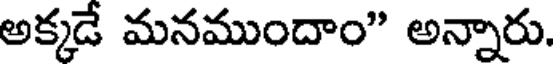
అక్కడే మనముందాం" అన్నారు.